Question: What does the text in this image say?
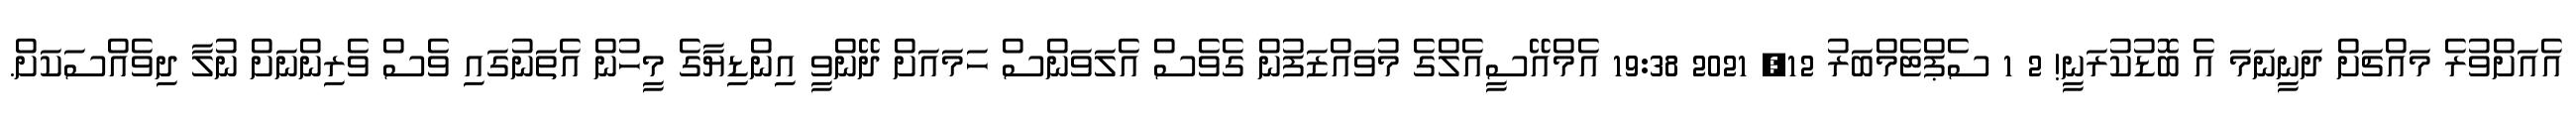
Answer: އެއަށްވުރެ މައްޗަށް ދަނީނަމަ އެ ބޮޑުކުރަނީ! 2 1 ސެޕްޓެމްބަރު 12, 2021 19:38 އެމްއޭސީއެލްގެ މުވައްޒަފުން ގެވެސް އެލަވަންސް ހަމައަށް ދޭންވީ އިންޑިޔާގެ މީހުން އެތަނުގައި ވެސް ވެރިންނަށް ނުލާ ދިވެއްސަކަށް.